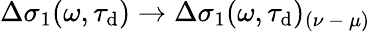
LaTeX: \Delta\sigma_{1}(\omega,\tau_{\mathrm{d}})\rightarrow\Delta\sigma_{1}(\omega,\tau_{\mathrm{d}})_{(\nu\mathrm{{~-~}}\mu)}